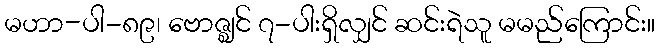
မဟာ-ပါ-၈၉၊ ဗောဇ္ဈင် ၇-ပါးရှိလျှင် ဆင်းရဲသူ မမည်ကြောင်း။